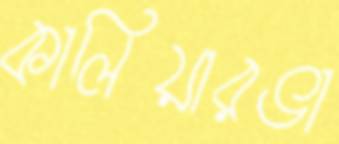
কালিয়ারভা